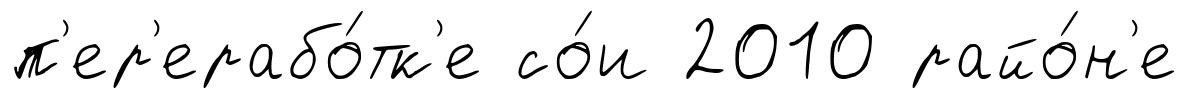
п'ер'ерабо́тк'е со́и 2010 райо́н'е